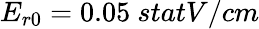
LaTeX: E_{r0}=0.05~{statV/cm}